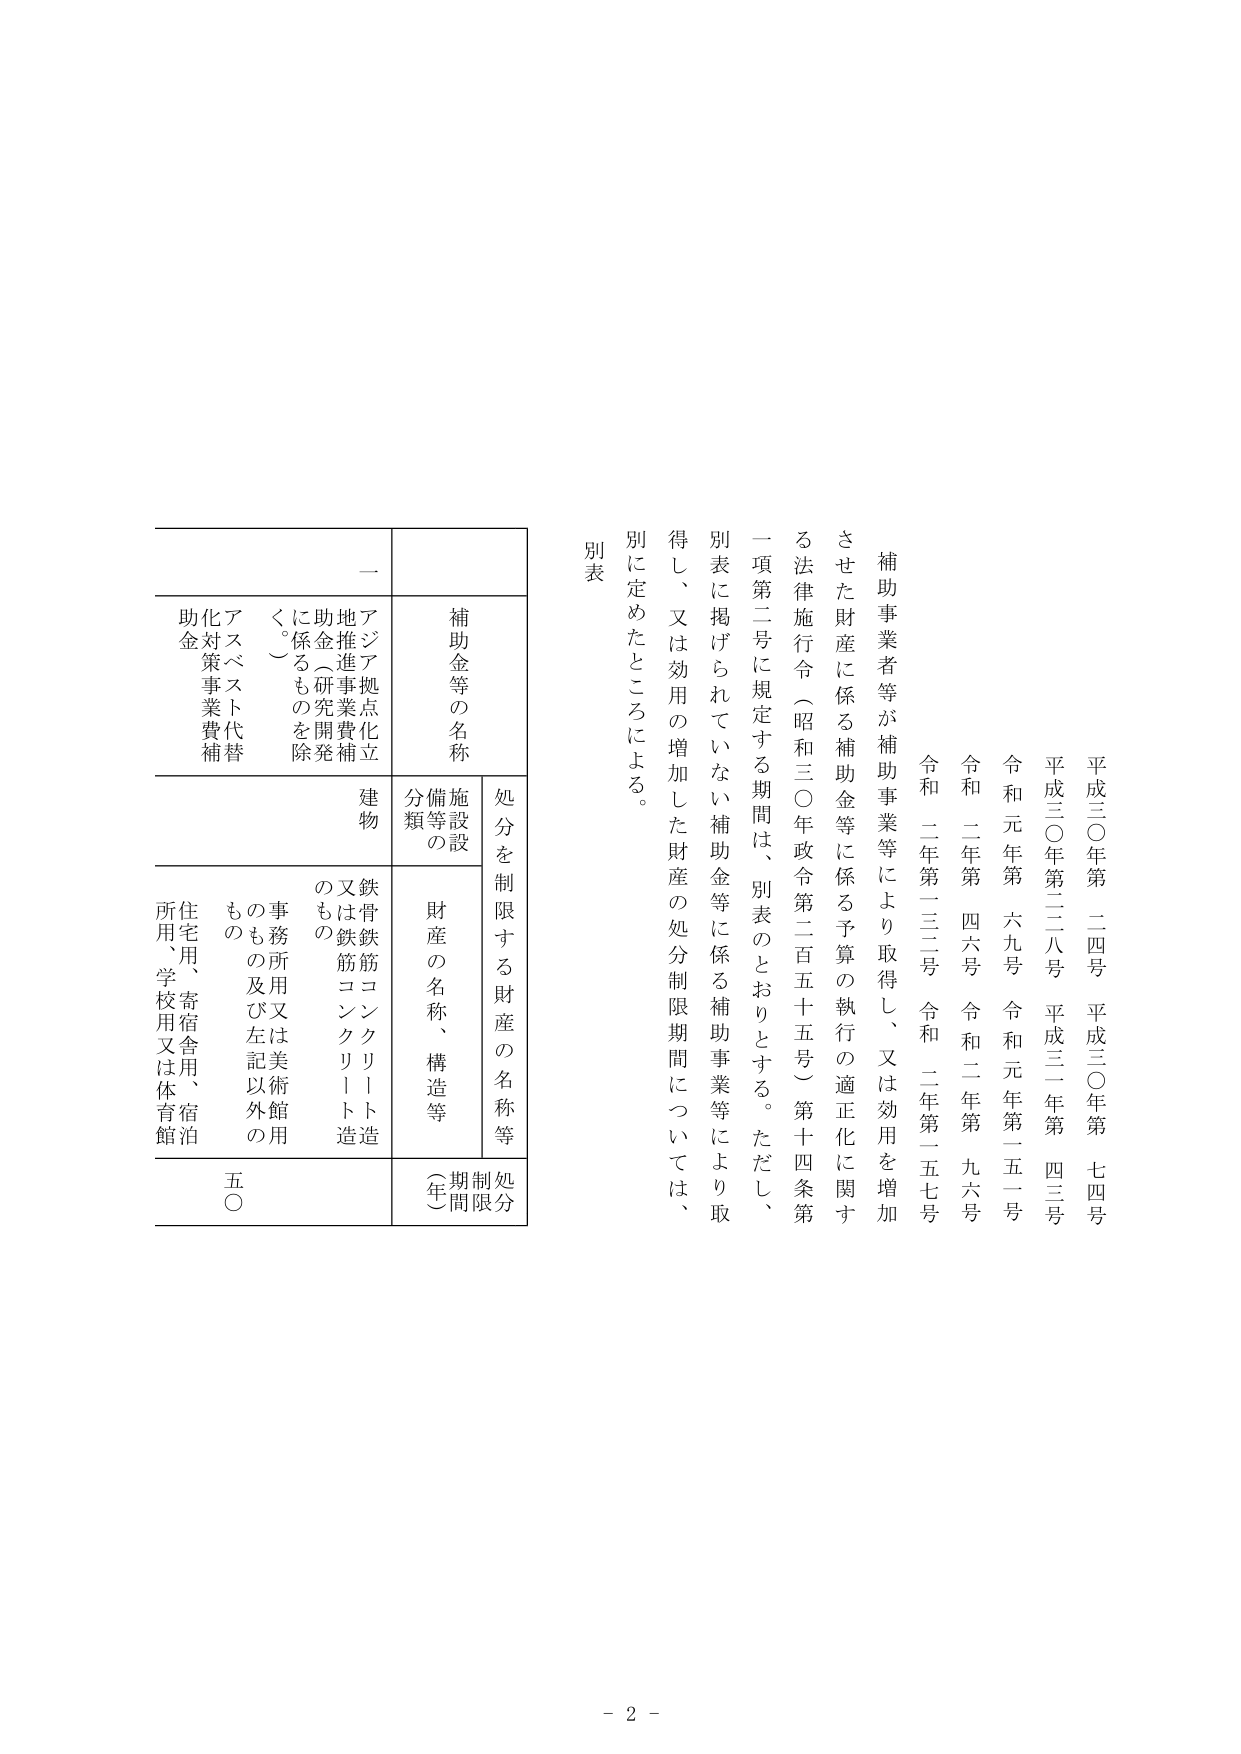
平成三〇年第 二四号 平成三〇年第 七四号
平成三〇年第 二八号 平成三一年第 四三号
令和元年第 六九号 令和元年第 五一号
令和 二年第 四六号 令和二年第 九六号
令和 二年第 三二号 令和二年第 五七号

補助事業者等が補助事業等により取得し、又は効用を増加させた財産に係る補助金等に係る予算の執行の適正化に関する法律施行令（昭和三〇年政令第二百五十五号）第十四条第一項第二号に規定する期間は、別表のとおりとする。ただし、別表に掲げられていない補助金等に係る補助事業等により取得し、又は効用の増加した財産の処分制限期間については、別に定めたところによる。

別表

補助金等の名称
処分を制限する財産の名称等
施設等の分類
財産の名称、構造等
処分制限期間（年）

一
アジア拠点化立地推進事業費補助金（研究開発に係るものを除く。）
建物
鉄骨鉄筋コンクリート造又は鉄筋コンクリート造のもの
事務所又は美術館用のもの及び左記以外のもの
住宅用、寄宿舎用、宿泊所用、学校用又は体育館用
五〇

- 2 -